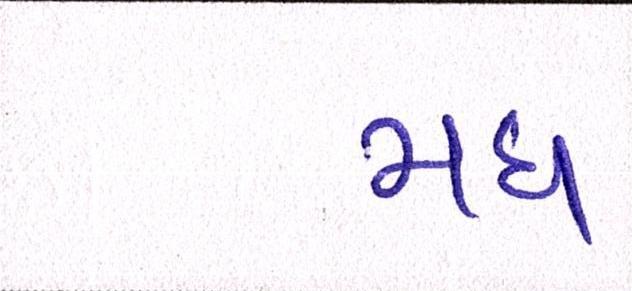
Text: મધ